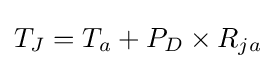
T_{J}=T_{a}+P_{D}\times R_{ja}